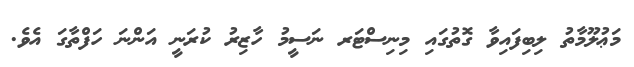
މަޢުލޫމާތު ލިބިފައިވާ ގޮތުގައި މިނިސްޓަރ ނަސީމު ހާޒިރު ކުރަނީ އަންނަ ހަފްތާގަ އެވެ.